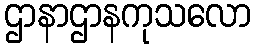
ဌာနာဌာနကုသလော